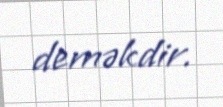
deməkdir.